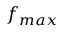
f _ { m a x }